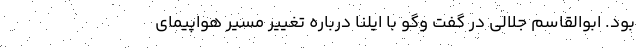
بود. ابوالقاسم جلالی در گفت ‌وگو با ایلنا درباره تغییر مسیر هواپیمای